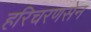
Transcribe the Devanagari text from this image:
हरिचरणसेन